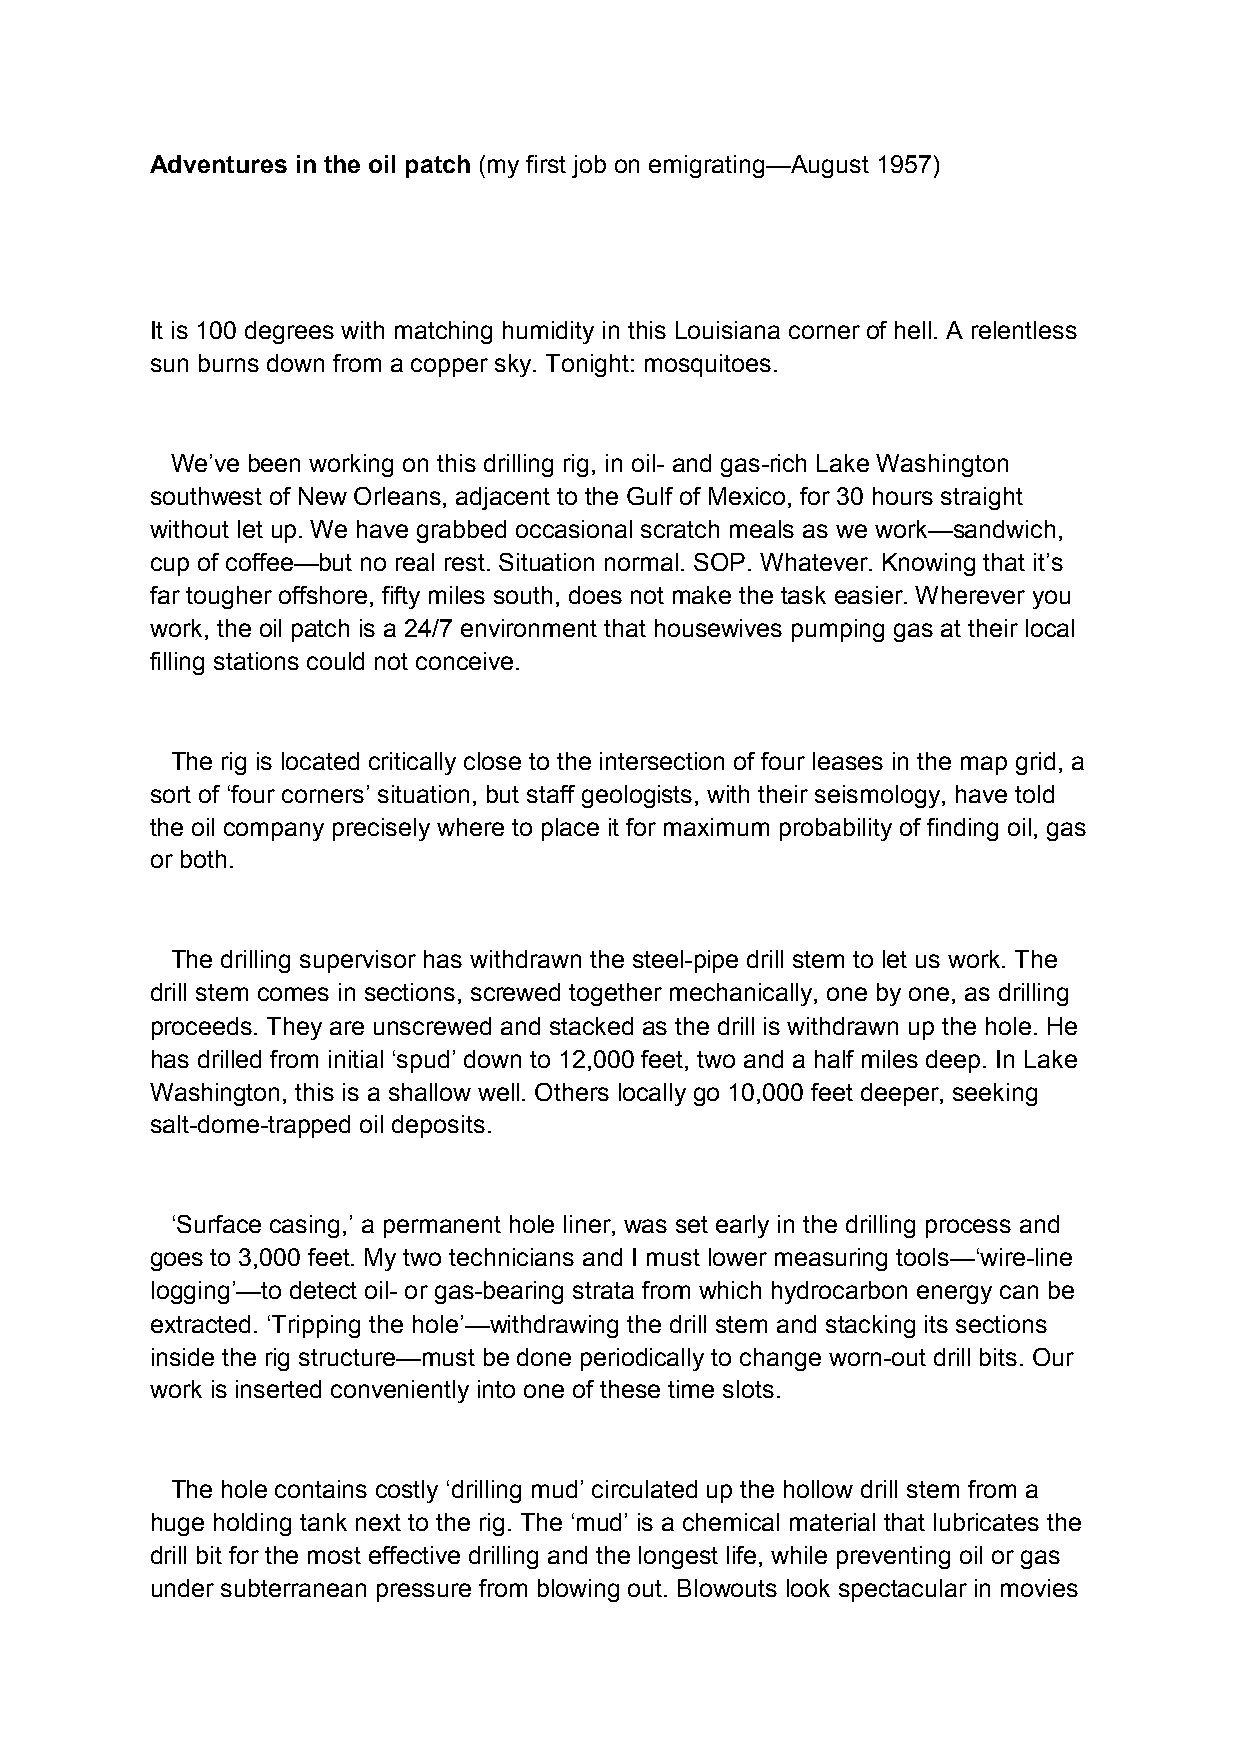
Adventures in the oil patch (my first job on emigrating—August 1957)
 It is 100 degrees with matching humidity in this Louisiana corner of hell. A relentless
 sun burns down from a copper sky. Tonight: mosquitoes.
 We’ve been working on this drilling rig, in oil- and gas-rich Lake Washington
 southwest of New Orleans, adjacent to the Gulf of Mexico, for 30 hours straight
 without let up. We have grabbed occasional scratch meals as we work—sandwich,
 cup of coffee—but no real rest. Situation normal. SOP. Whatever. Knowing that it’s
 far tougher offshore, fifty miles south, does not make the task easier. Wherever you
 work, the oil patch is a 24/7 environment that housewives pumping gas at their local
 filling stations could not conceive.
 The rig is located critically close to the intersection of four leases in the map grid, a
 sort of ‘four corners’ situation, but staff geologists, with their seismology, have told
 the oil company precisely where to place it for maximum probability of finding oil, gas
 or both.
 The drilling supervisor has withdrawn the steel-pipe drill stem to let us work. The
 drill stem comes in sections, screwed together mechanically, one by one, as drilling
 proceeds. They are unscrewed and stacked as the drill is withdrawn up the hole. He
 has drilled from initial ‘spud’ down to 12,000 feet, two and a half miles deep. In Lake
 Washington, this is a shallow well. Others locally go 10,000 feet deeper, seeking
 salt-dome-trapped oil deposits.
 ‘Surface casing,’ a permanent hole liner, was set early in the drilling process and
 goes to 3,000 feet. My two technicians and I must lower measuring tools—‘wire-line
 logging’—to detect oil- or gas-bearing strata from which hydrocarbon energy can be
 extracted. ‘Tripping the hole’—withdrawing the drill stem and stacking its sections
 inside the rig structure—must be done periodically to change worn-out drill bits. Our
 work is inserted conveniently into one of these time slots.
 The hole contains costly ‘drilling mud’ circulated up the hollow drill stem from a
 huge holding tank next to the rig. The ‘mud’ is a chemical material that lubricates the
 drill bit for the most effective drilling and the longest life, while preventing oil or gas
 under subterranean pressure from blowing out. Blowouts look spectacular in movies